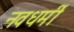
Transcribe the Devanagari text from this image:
नवधर्मी